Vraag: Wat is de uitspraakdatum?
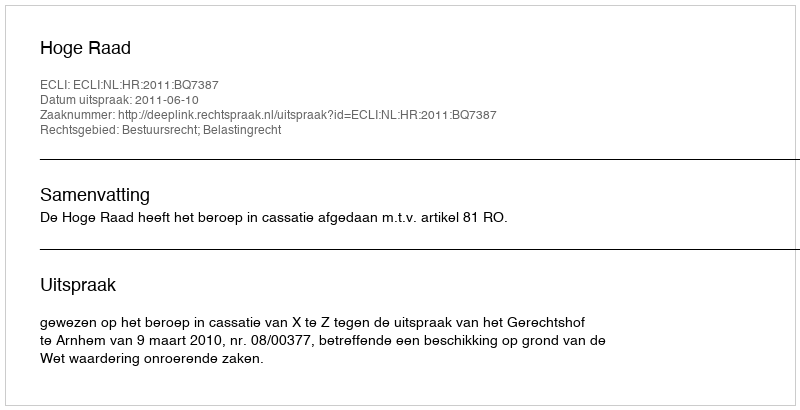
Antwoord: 2011-06-10